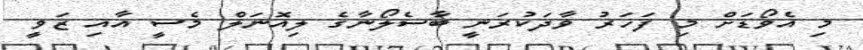
މި އެވޯޑަށް މި ފަހަރު ވާދަކުރަނީ ބާސެލޯނާގެ ލިއޮނަލް މެސީ އާއި ޒަވީ